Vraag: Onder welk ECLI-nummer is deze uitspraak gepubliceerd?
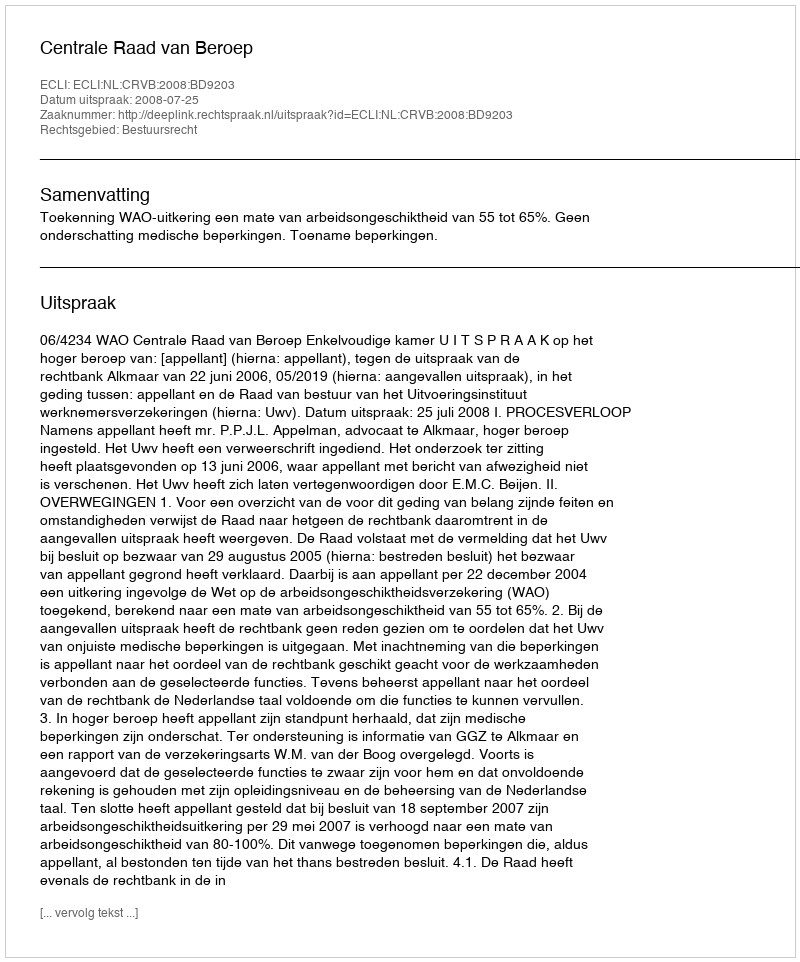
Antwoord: ECLI:NL:CRVB:2008:BD9203